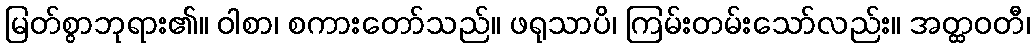
မြတ်စွာဘုရား၏။ ဝါစာ၊ စကားတော်သည်။ ဖရုသာပိ၊ ကြမ်းတမ်းသော်လည်း။ အတ္ထဝတီ၊